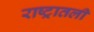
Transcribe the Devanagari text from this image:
राष्ट्रातली